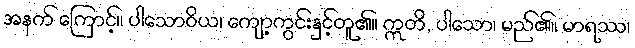
အနက် ကြောင့်။ ပါသောဝိယ၊ ကျော့ကွင်းနှင့်တူ၏။ ဣတိ, ပါသော၊ မည်၏။ မာရဿ၊